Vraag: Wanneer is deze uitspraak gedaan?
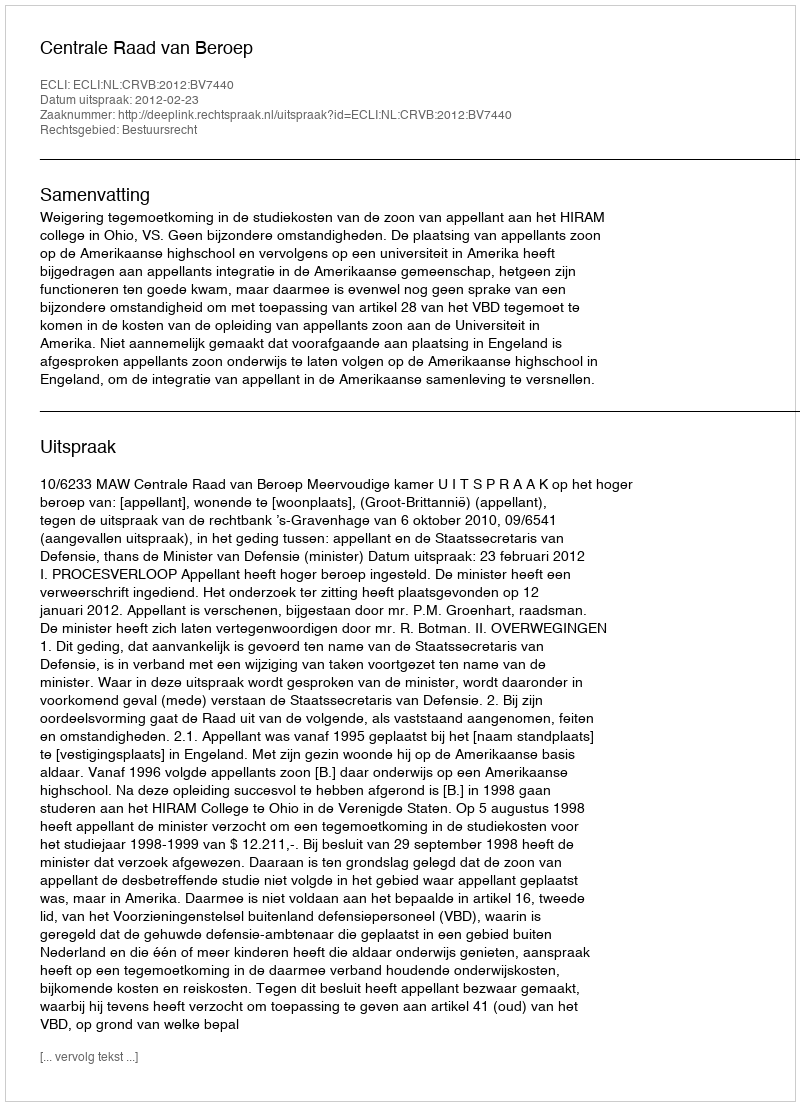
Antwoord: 2012-02-23